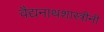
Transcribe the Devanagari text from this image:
वैद्यनाथशास्त्रींनी